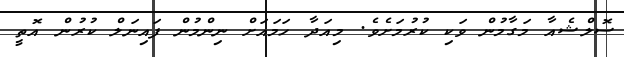
ސޮލްޝެއާ މަގާމުން ވަކި ކުރުމަށެވެ. މިއަދާ ހަމައަށް ނިންމުން ފައިނަލް ކުރުން އޮތީ